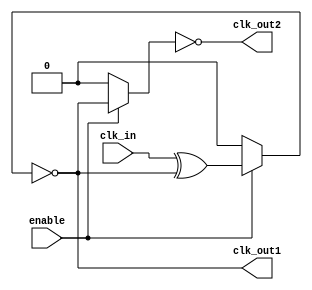
module low_power_clock_buffer (
    input wire clk_in,       // Input clock signal
    input wire enable,       // Enable signal
    output wire clk_out1,    // Buffered clock output 1
    output wire clk_out2     // Buffered clock output 2
);

    // Internal signals
    wire clk_cond;           // Conditioned clock signal
    wire clk_buf1;          // First buffered clock
    wire clk_buf2;          // Second buffered clock

    // Input Stage: Schmitt Trigger Inverter
    // This is a simple representation; actual implementation may vary
    assign clk_cond = enable ? (clk_in ^ clk_buf1) : 1'b0; // Inverted when disabled

    // Core Buffering Stage: Series of inverters
    // Weak drive strength can be simulated by using smaller sizing in real implementation
    wire clk_inv1, clk_inv2;
    assign clk_inv1 = enable ? clk_cond : 1'b0; // First inverter
    assign clk_buf1 = ~clk_inv1; // Second inverter
    assign clk_inv2 = enable ? clk_buf1 : 1'b0; // Third inverter
    assign clk_buf2 = ~clk_inv2; // Fourth inverter

    // Output Stage: Final buffer stage
    assign clk_out1 = clk_buf1; // Buffered clock output 1
    assign clk_out2 = clk_buf2; // Buffered clock output 2

endmodule